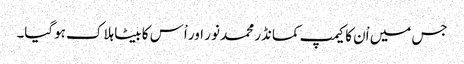
جس میں اْن کا کیمپ کمانڈر محمد نور اور اْس کا بیٹا ہلاک ہوگیا۔